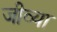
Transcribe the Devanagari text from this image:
जीव्या